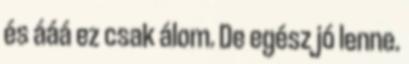
és ááá ez csak álom. De egész jó lenne.